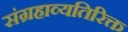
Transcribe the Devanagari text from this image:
संग्रहाव्यतिरिक्त